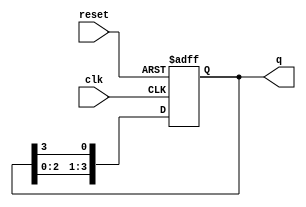
module bistable_ring_counter (
    input wire clk,           // Clock input
    input wire reset,         // Asynchronous reset input
    output reg [N-1:0] q      // Output of the flip-flops
);
    parameter N = 4;          // Number of flip-flops (can be changed as needed)

    // Initial state of the counter
    initial begin
        q = 1'b1;             // Set the first flip-flop to '1', others to '0'
    end

    always @(posedge clk or posedge reset) begin
        if (reset) begin
            q <= 1'b1;        // Reset the counter to the initial state
        end else begin
            // Rotate the '1' to the next flip-flop in the ring
            q <= {q[N-2:0], q[N-1]}; // Shift left and feed last flip-flop output to the first
        end
    end
endmodule